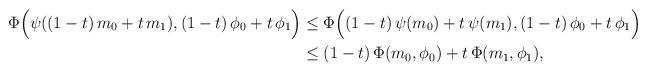
LaTeX: \begin{align*}\Phi\Big(\psi((1-t)\, m_0+t\, m_1),(1-t)\, \phi_0+t\, \phi_1\Big)&\le \Phi\Big((1-t)\, \psi(m_0)+t\, \psi(m_1),(1-t)\, \phi_0+t\, \phi_1\Big)\\&\le (1-t)\, \Phi(m_0,\phi_0)+t\, \Phi(m_1,\phi_1),\\\end{align*}